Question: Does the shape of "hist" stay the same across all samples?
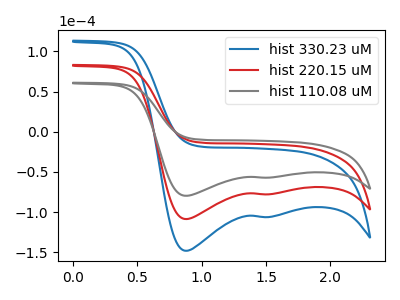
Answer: <think>The blue curve "hist 330.23 uM" has cathodic peaks at (0.90V, -217.25uA) (1.55V, -155.65uA). The red curve "hist 220.15 uM" has cathodic peaks at (0.90V, -108.65uA) (1.55V, -77.80uA). The gray curve "hist 110.08 uM" has cathodic peaks at (0.90V, -79.70uA) (1.55V, -57.10uA).
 All the peaks in "hist 330.23 uM" have a peak in "hist 220.15 uM" at the same potential. Every peak in "hist 330.23 uM" is higher than every peak in "hist 220.15 uM". All the peaks in "hist 330.23 uM" have a peak in "hist 110.08 uM" at the same potential. Every peak in "hist 330.23 uM" is higher than every peak in "hist 110.08 uM". All the peaks in "hist 220.15 uM" have a peak in "hist 110.08 uM" at the same potential. Every peak in "hist 220.15 uM" is higher than every peak in "hist 110.08 uM".</think>
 <answer>All the CV's of "hist" have similar shape.</answer>
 <eval>follow_rule</eval>